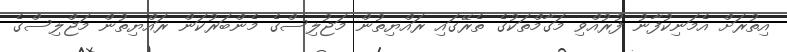
އިތުރަށް އެމަނިކުފާނު ފުރުއްވި މަގާމްތަކުގެ ތެރޭގައި ރައްޔިތުން މަޖުލިސްގެ މެންބަރުކަން ރައްޔިތުން މަޖްލިސްގެ